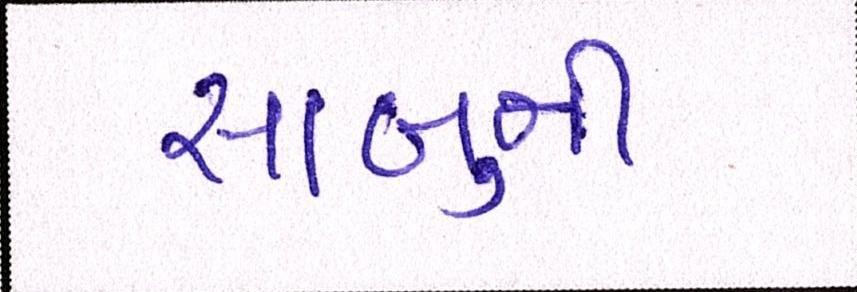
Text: સાબુની